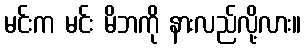
မင်းက မင်း မိဘကို နားလည်လို့လား။